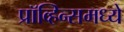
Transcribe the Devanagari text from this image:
प्रॉव्हिन्समध्ये